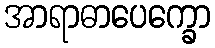
အာရာဓာပေက္ခော